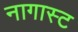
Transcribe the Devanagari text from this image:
नागास्ट